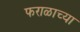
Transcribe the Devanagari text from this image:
फराळाच्या